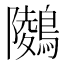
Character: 𪅋